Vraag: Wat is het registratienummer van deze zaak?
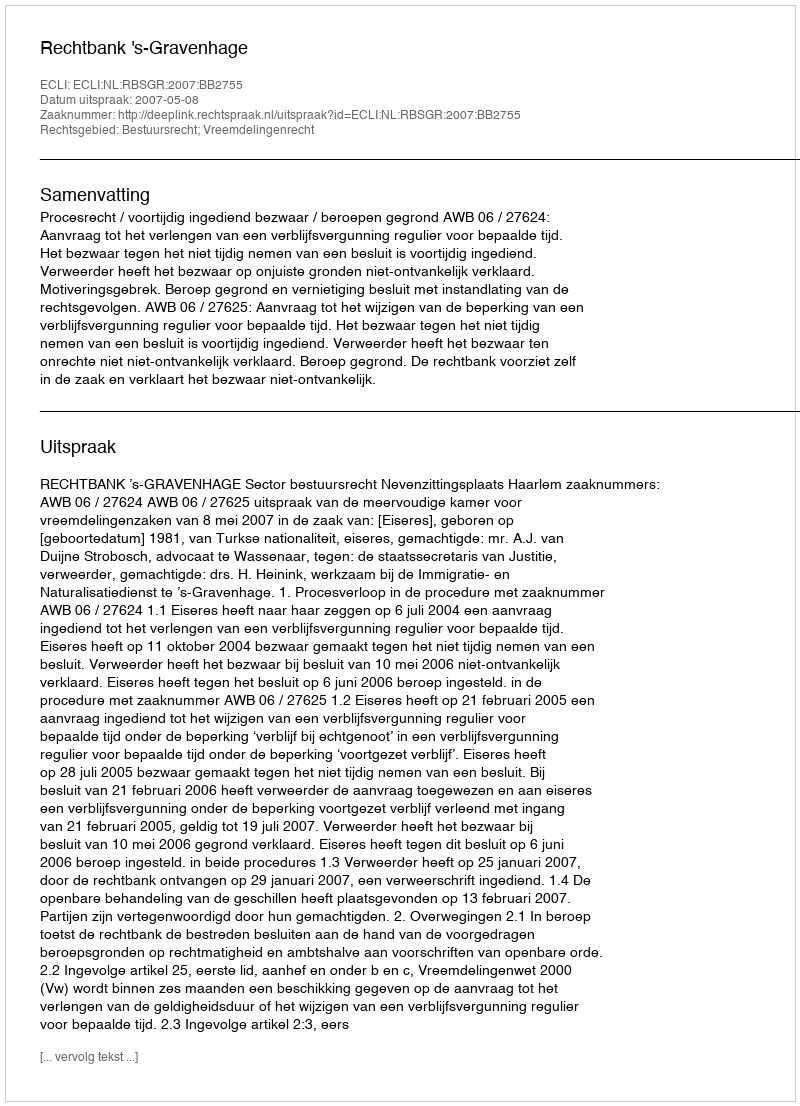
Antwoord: http://deeplink.rechtspraak.nl/uitspraak?id=ECLI:NL:RBSGR:2007:BB2755